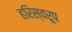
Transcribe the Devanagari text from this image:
हरिस्वरूप